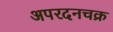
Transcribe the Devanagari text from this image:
अपरदनचक्र